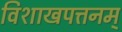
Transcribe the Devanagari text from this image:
विशाखपत्तनम्